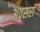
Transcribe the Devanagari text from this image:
अवसरॉ